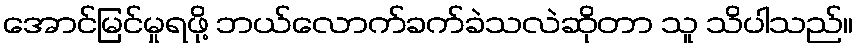
အောင်မြင်မှုရဖို့ ဘယ်လောက်ခက်ခဲသလဲဆိုတာ သူ သိပါသည်။